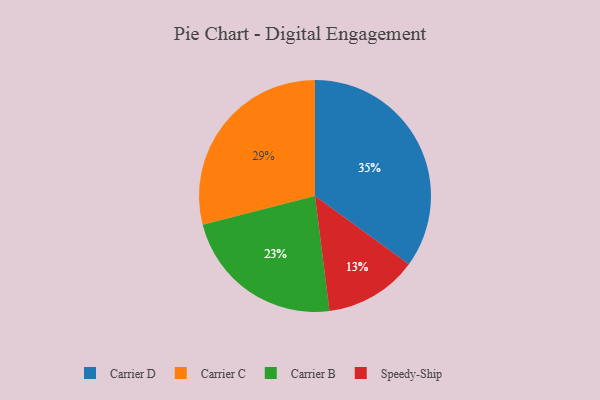
{"axis": {"x": "Category", "y": "Percentage"}, "legend": ["Carrier B", "Carrier C", "Carrier D", "Speedy-Ship"], "data": [{"x": "Carrier C", "y": 29, "type": "Carrier C"}, {"x": "Speedy-Ship", "y": 13, "type": "Speedy-Ship"}, {"x": "Carrier B", "y": 23, "type": "Carrier B"}, {"x": "Carrier D", "y": 35, "type": "Carrier D"}]}